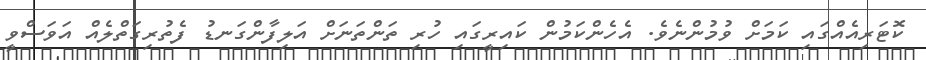
ކޮޓަރިއެއްގައި ކަމަށް ވުމުންނެވެ. އެހެންކަމުން ކައިރީގައި ހުރި ތަންތަނަށް އަލިފާންގަނޑު ފެތުރިގަތްލެއް އަވަސްވީ